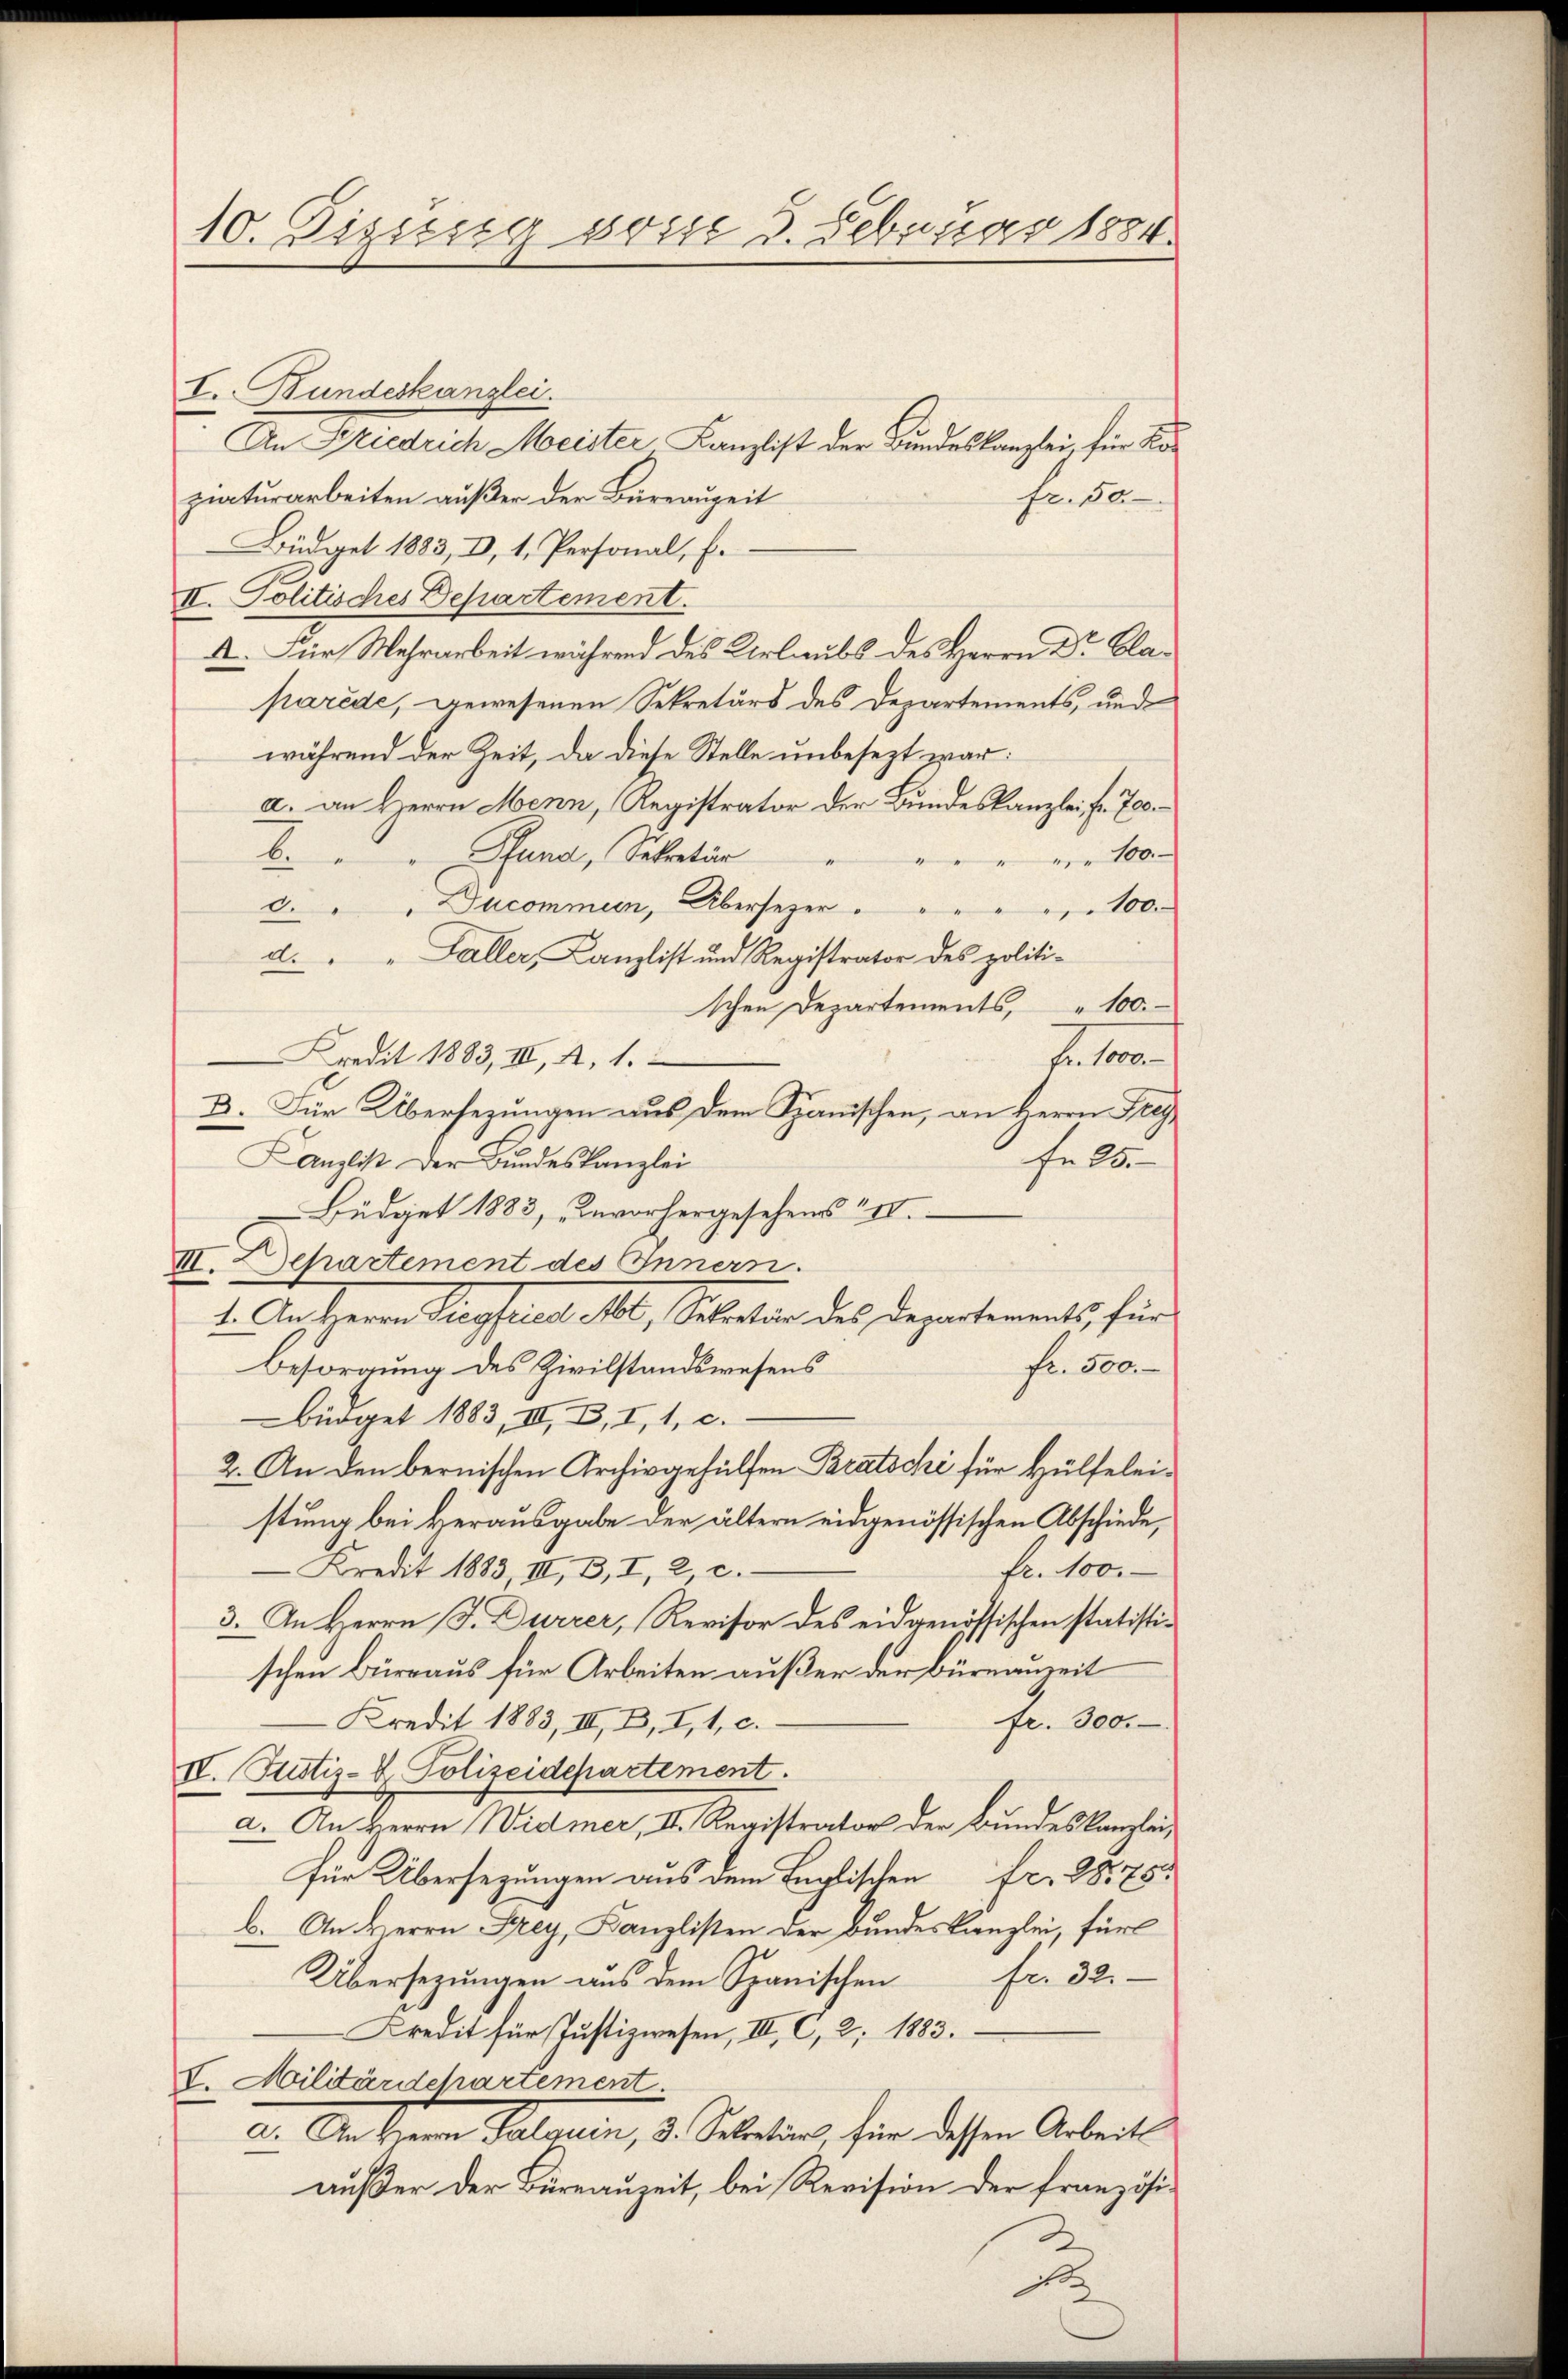
10. Sizung von 3. Februar 1884.

I. Bundeskanzlei.
An Friedrich Meister Kanzlist der Bundeskanzlei, für Koziaturarbeiten außer der Büreauzeit
fr. 50.
Büdget 1883, I, 1, Personal, E.
II. Politisches Departement.
A. Für Mehrarbeit während des Urlaubs des Herrn Dr Blaparede, gewesenen Sekretärs des Departements, und
während der Zeit, da diese Stelle unbesezt war:
a. an Herrn Menn, Registrator der Bundeskanzlei fr. 700
6. Juni, Sekretir
" " 100.
a. " " Ducommen, Übersezer . " " " " 100.
d. " " Faller, Kanzlist und Registrator des politi-
schen Departements, " 100.
Kredit 1883, III, 2, 1.

D. Für Übersezungen aus dem Spanischen, an Herrn Freyfels
Kanzlist der Bundeskanzlei
Büdget 1883, unvorhergesehens IV.
III. Departement des Innern
1. An Herrn Siegfried Ml, Selation des Departements für
fr. 500.
Besorgung des Zivilstandswesens
Büdget 1883, III, 2, I, 1, c.
2. An den bernischen Archivgehülfen Bratschi für Hülfeleistung bei Herausgabe der ältern eidgenössischen Abschiede,
 Kredit 1883, II, B, I, 2, c.
fr. 100.
3. An Herrn J. Durzer, Revisor des eidgenössischen statistischen Büreaus für Arbeiten außer der Büreauzeit
fr. 300.
Kredit 1883, II, B, I, 1, c.
IV. Rustiz- & Polizeidepartement.
a. An Herrn Widmer, II. Registrator der Bundeskanzlei,
für Übersezungen aus dem Englischen Fr. 28,75
b. An Herrn Frey, Kanzlisten der Bundeskanzlei, für
Übersezungen aus dem Spanischen fr. 32.
Kredit für Justizwesen, III. C, 2, 1883.
I. Militärdepartement.
d. An eine Palerein, 2. Sebeten, für diesen Arbeit
außer der Büreauzeit, bei Revision der französi¬
2